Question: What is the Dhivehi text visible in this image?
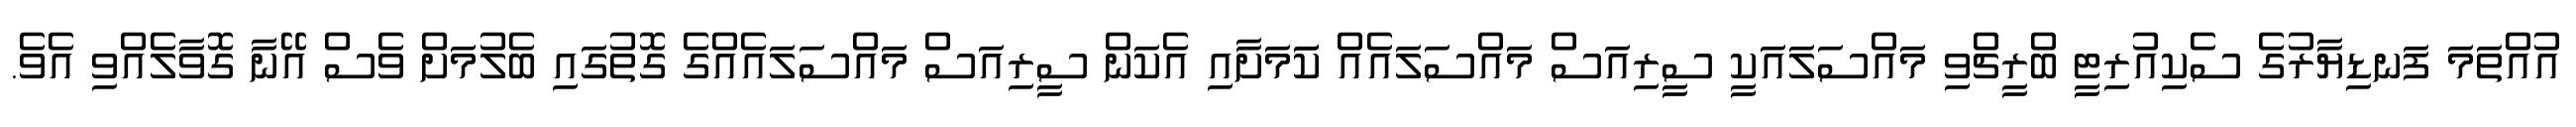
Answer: އުއްތަމަ ފަނޑިޔާރުގެ ސެކިއުރިޓީ ބްރީޗްވި މައްސަލައަކީ ސީރިއަސް މައްސަލައެއް ކަަމަށާއި އެކަން ސީރިއަސް މައްސަލައެއްގެ ގޮތުގައި ބެލުމަށް ވެސް އޭނާ ގޮވާލެއްވި އެވެ.